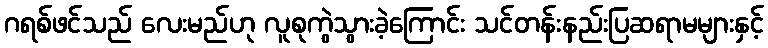
ဂရစ်ဖင်သည် လေးမည်ဟု လူစုကွဲသွားခဲ့ကြောင်း သင်တန်းနည်းပြဆရာမများနှင့်